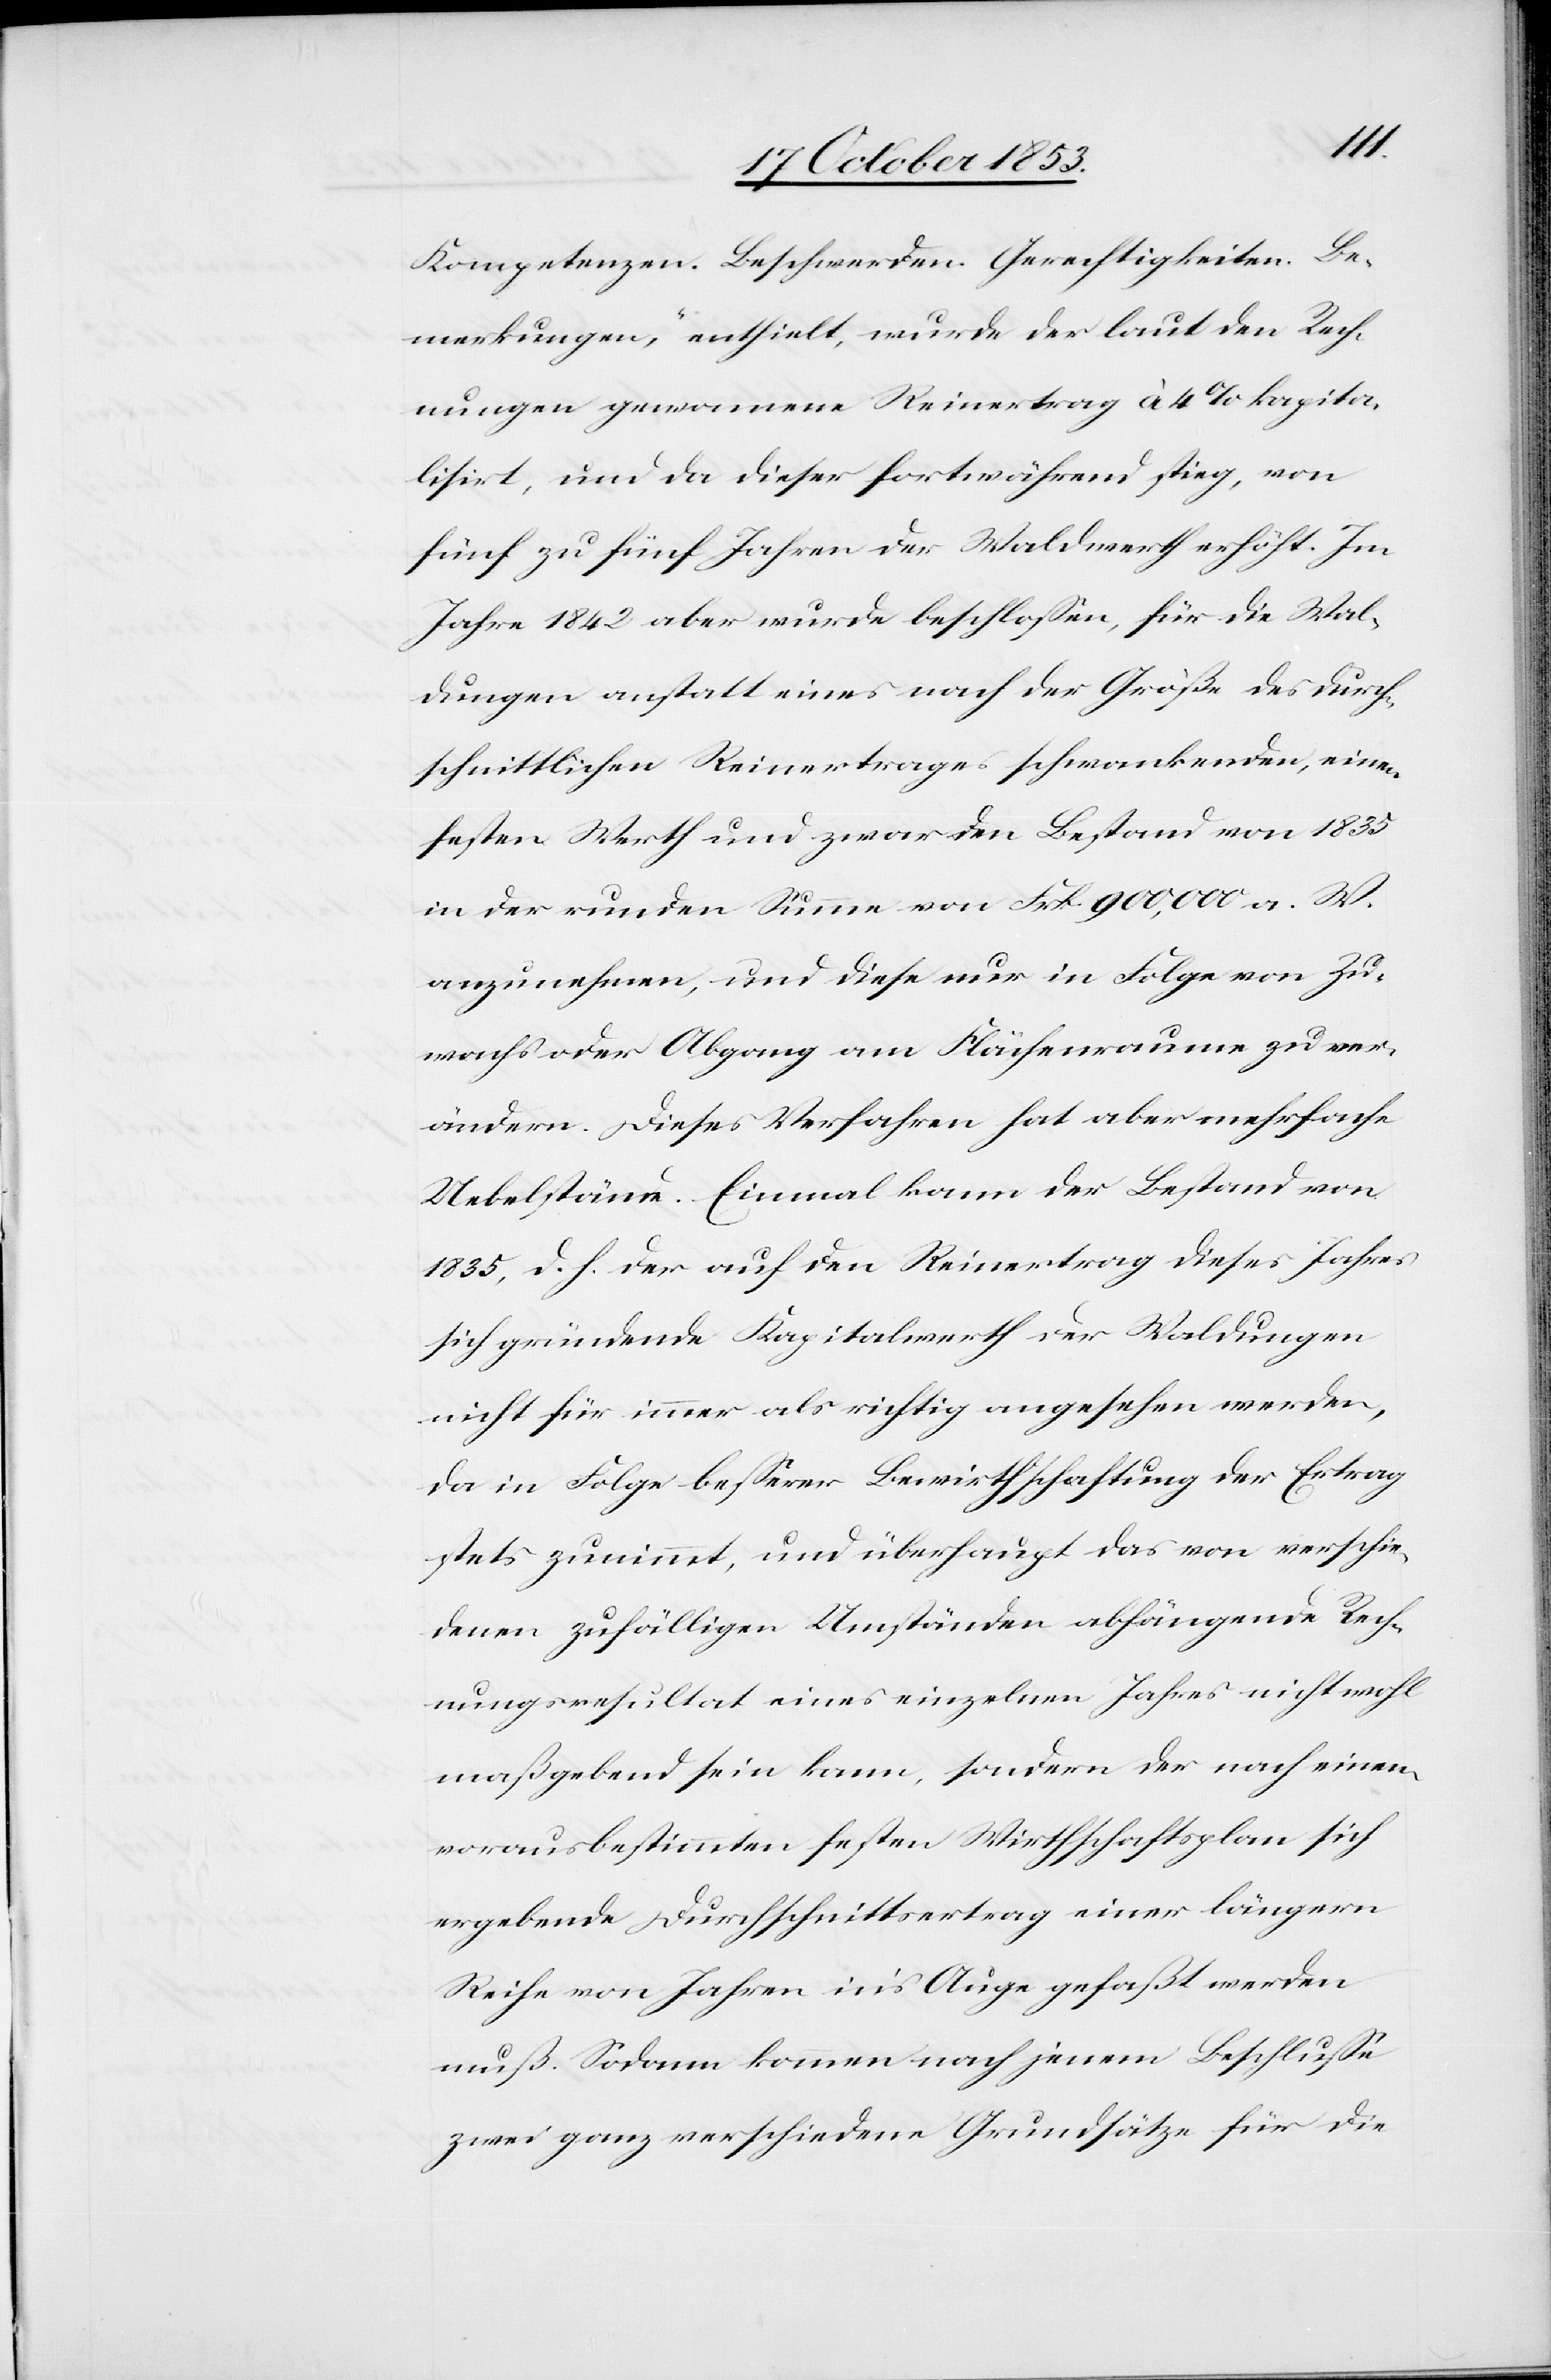
Kompetenzen. Beschwerden. Gerechtigkeiten. Be¬
merkungen“, enthielt, wurde der laut den Rech¬
nungen genommene Reinertrag à 4% kapita¬
lisirt, und da dieser fortwährend stieg, von
fünf zu fünf Jahren der Waldwerth erhöht. Im
Jahre 1842 aber wurde beschloßen, für die Wal¬
dungen anstatt eines nach der Größe des durch¬
schnittlichen Reinertrages schwankenden, einem
festen Werth und zwar den Bestand von 1835
in der runden Summe von Frk. 900,000 a. W.
anzunehmen, und diese nur in Folge von Zu¬
wachs oder Abgang am Flächenraume zu ver¬
ändern. Dieses Verfahren hat aber mehrfache
Uebelstände. Einmal kann der Bestand von
1835, d.h. der auf den Reinertrag dieses Jahres
sich gründende Kapitalwerth der Waldungen
nicht für immer als richtig angesehen werden,
da in Folge beßerer Bewirthschaftung der Ertrag
stets zunimmt, und überhaupt das von verschie¬
denen zufälligen Umständen abhängende Rech¬
nungsresultat eines einzelnen Jahres nicht wohl
maßgebend sein kann, sondern der nach einem
vorausbestimmten festen Wirthschaftsplan sich
ergebende Durchschnittsertrag einer längern
Reihe von Jahren in’s Auge gefaßt werden
muß. Sodann kommen nach jenem Beschluße
zwei ganz verschiedene Grundsätze für die